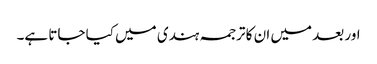
اور بعد میں ان کا ترجمہ ہندی میں کیا جاتا ہے۔